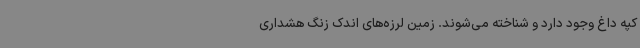
کپه داغ وجود دارد و شناخته می‌شوند. زمین‌ لرزه‌های اندک زنگ هشداری